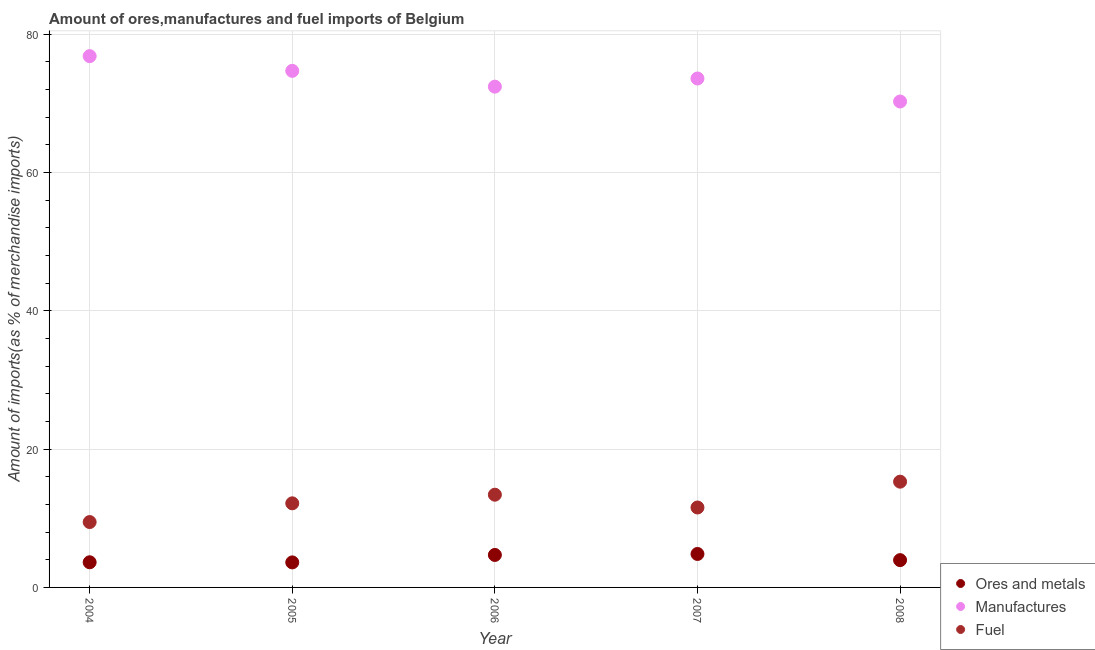
| Year | Ores and metals | Manufactures | Fuel |
 | --- | --- | --- | --- |
 | 2004 | 3.64 | 76.8 | 9.45 |
 | 2005 | 3.62 | 74.7 | 12.2 |
 | 2006 | 4.7 | 72.4 | 13.4 |
 | 2007 | 4.84 | 73.6 | 11.6 |
 | 2008 | 3.95 | 70.2 | 15.3 |